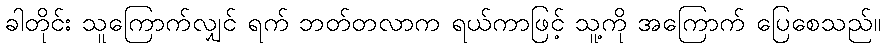
ခါတိုင်း သူကြောက်လျှင် ရက် ဘတ်တလာက ရယ်ကာဖြင့် သူ့ကို အကြောက် ပြေစေသည်။